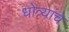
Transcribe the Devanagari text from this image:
धोत्र्यांचे